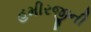
હમીરજીની